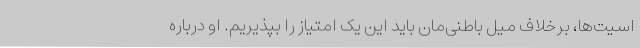
اسیت‌ها، برخلاف میل باطنی‌مان باید این یک امتیاز را بپذیریم. او درباره